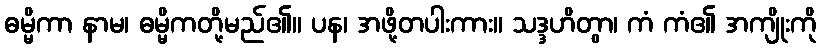
ဓမ္မိကာ နာမ၊ ဓမ္မိကတို့မည်၏။ ပန၊ အဖို့တပါးကား။ သဒ္ဒဟိတွာ၊ ကံ ကံ၏ အကျိုးကို